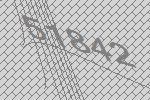
51842